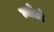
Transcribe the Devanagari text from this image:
न्योज़े